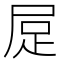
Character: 𧿃